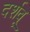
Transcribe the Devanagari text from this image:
दर्शवू